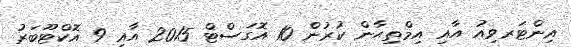
އިންޓަރވިއު އާއި އިމްތިޙާން ކުރުން 10 އޮގަސްޓް 2015 އާއި 9 އޮކްޓޫބަރު